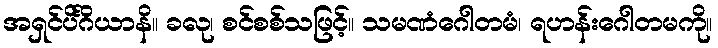
အရှင်ပိင်္ဂိယာနိ။ ခလု၊ စင်စစ်သဖြင့်။ သမဏံဂေါတမံ၊ ရဟန်းဂေါတမကို။